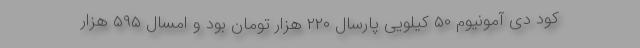
کود دی آمونیوم ۵۰ کیلویی پارسال ۲۲۰ هزار تومان بود و امسال ۵۹۵ هزار